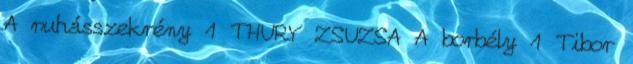
A ruhásszekrény 1 THURY ZSUZSA A borbély 1 Tibor